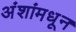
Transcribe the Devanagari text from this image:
अंशांमधून